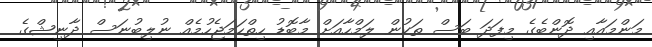
މަންމައާއި ދޮންބެގެ މިފަދަ ބަސް ތަކުން ލަމްހާއަށް މާބޮޑު ހިތްހަމަޖެހުމެއް ނުލިބުނަސް ދާނިޝްގެ